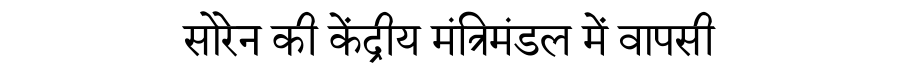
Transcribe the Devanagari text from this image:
सोरेन की केंद्रीय मंत्रिमंडल में वापसी